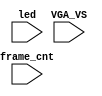
`timescale 1ns/1ps

module mist_dump(
    input           VGA_VS,
    input           led,
    input   [31:0]  frame_cnt
);

`ifdef DUMP
`ifndef NCVERILOG // iVerilog:
    initial begin
        // #(200*100*1000*1000);
        $display("DUMP enabled");
        $dumpfile("test.lxt");
    end
    `ifdef LOADROM
    always @(negedge led) if( $time > 20000 ) begin // led = downloading signal
        $display("DUMP starts");
        $dumpvars(0,mist_test);
        $dumpon;
    end
    `else
    initial begin
        $display("DUMP starts");
        `ifdef DEEPDUMP
            $dumpvars(0,mist_test);
        `else
            $dumpvars(1,mist_test.UUT.u_game.u_main);
            //$dumpvars(1,mist_test.UUT.u_game.u_sound);
            //$dumpvars(1,mist_test.UUT.u_game.u_rom);
            $dumpvars(0,mist_test.UUT.u_game.u_video.u_obj.u_ram);
            $dumpvars(0,mist_test.UUT.u_game.u_video.u_obj);
        `endif
        $dumpon;
    end
    `endif
`else // NCVERILOG
    `ifndef VIDEO_START
    initial begin
    `else
    always @(negedge VGA_VS) if( frame_cnt==`VIDEO_START ) begin
    `endif
        $display("NC Verilog: will dump all signals");
        $shm_open("test.shm");
        `ifdef DEEPDUMP
            $shm_probe(mist_test,"AS");
        `else
            $shm_probe(frame_cnt);
            $shm_probe(UUT.u_game,"A");
            $shm_probe(UUT.u_game.u_main,"A");
            //$shm_probe(UUT.u_game.u_video,"AS");
            //$shm_probe(UUT.u_game.u_video.u_colmix,"AS");
            `ifdef LOADROM
                $shm_probe(UUT.u_frame.u_board.u_sdram,"AS");
                $shm_probe(UUT.u_game.u_rom,"AS");
                $shm_probe(UUT.u_game.u_prom_we,"A");
                $shm_probe(u_harness.mist_sdram,"A");
            `endif
        `endif
    end
`endif
`endif

endmodule // mist_dump